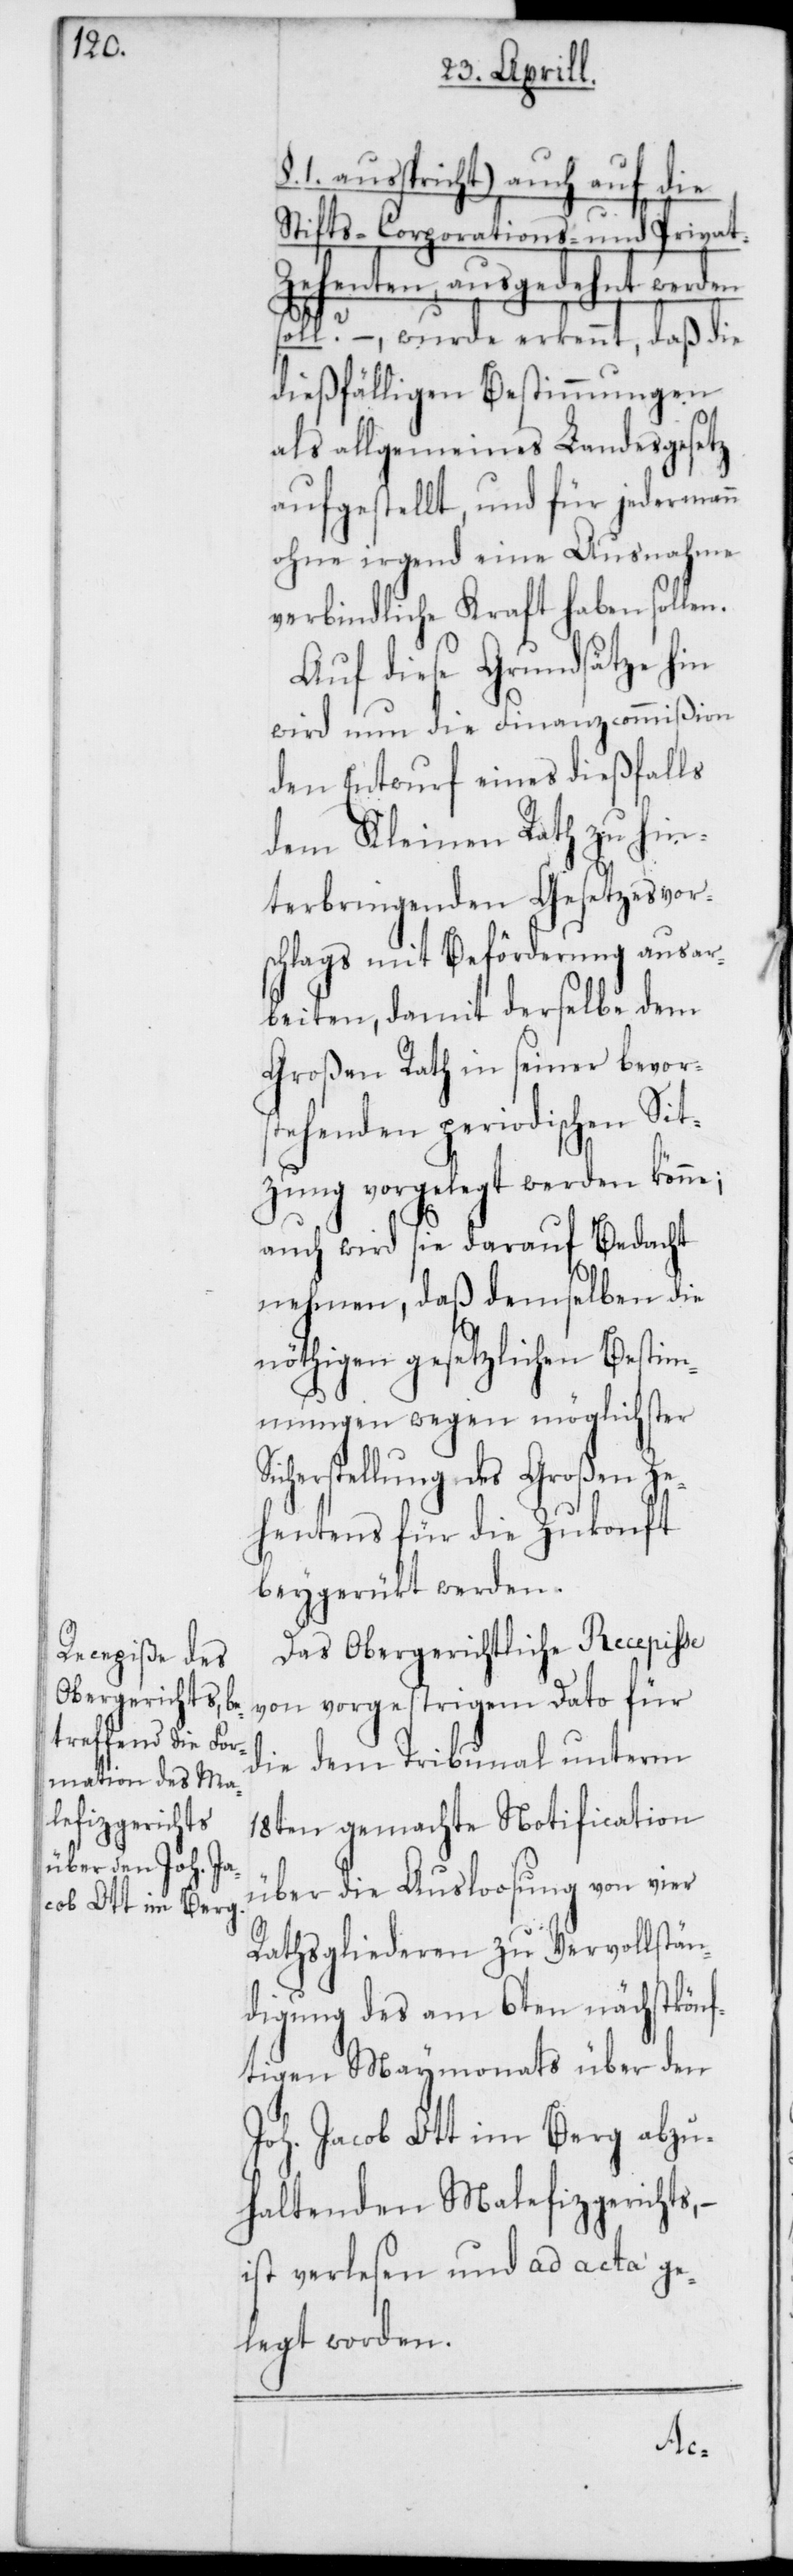
§ 1 ausspricht) auch auf die
Stifts-[,] Corporations- und Privat-Z¬
ehenten, ausgedehnt we¬
soll? –, wurde erkennt, daß die
dießfälligen Bestimmungen
als allgemeines Landesgesetz
aufgestellt, und für jedermann
ohne irgend eine Ausnahme
verbindliche Kraft haben sollen.
Auf diese Grundsätze hin
wird nun die Finanzcommißion
den Entwurf eines dießfalls
dem Kleinen Rath zu hin¬
terbringenden Gesetzesvor¬
schlags mit Beförderung ausar¬
beiten, damit derselbe dem
Großen Rath in seiner bevor¬
stehenden periodischen Sit¬
zung vorgelegt werden könne;
auch wird sie darauf Bedacht
nehmen, daß demselben die
nöthigen gesetzlichen Bestim¬
mungen wegen möglichster
Sicherstellung des Großen Ze¬
hentens für die Zukonft
beygerückt werden.
Das Obergerichtliche Recepisse
von vorgestrigem Dato für
die dem Tribunal unterm
18ten gemachte Notification
über die Ausloosung von vier
Rathsgliederen zu Vervollstän¬
digung des am 6ten nächstkönf¬
tigen Maymonats über den
Joh. Jacob Ott im Berg abzu¬
haltenden Malefizgerichts,
ist verlesen und ad acta ge¬
legt worden.
rden